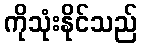
ကိုသုံးနိုင်သည်